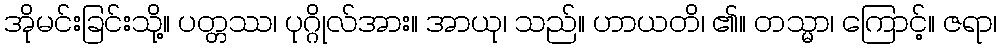
အိုမင်းခြင်းသို့။ ပတ္တဿ၊ ပုဂ္ဂိုလ်အား။ အာယု၊ သည်။ ဟာယတိ၊ ၏။ တသ္မာ၊ ကြောင့်။ ဇရာ၊